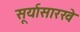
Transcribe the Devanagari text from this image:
सूर्यासारखे